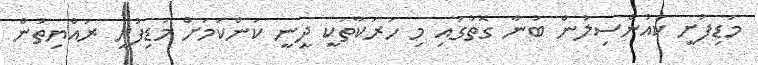
މަޑިފުށީ ކައުންސިލުން ބުނާ ގޮތުގައި މި ހަރަކާތަކީ ދީނީ ކަންކަމަށް މަޑިފުށީ ރައްޔިތުން